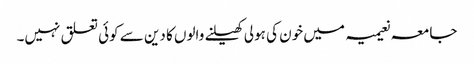
جامعہ نعیمیہ میں خون کی ہولی کھیلنے والوں کا دین سے کوئی تعلق نہیں۔